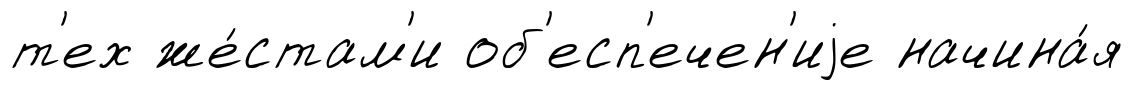
т'ех же́стам'и об'есп'ечен'иjе начина́я